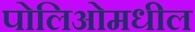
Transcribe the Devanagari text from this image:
पोलिओमधील